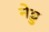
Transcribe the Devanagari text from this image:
नेड्ड